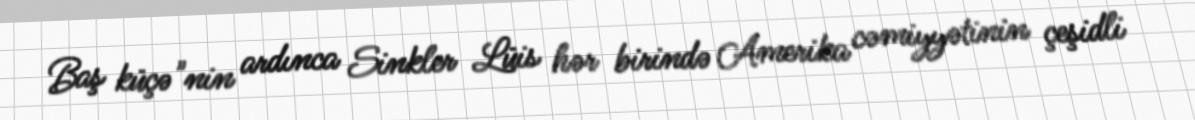
Baş küçə"nin ardınca Sinkler Lüis hər birində Amerika cəmiyyətinin çeşidli